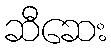
ဆီဆေး